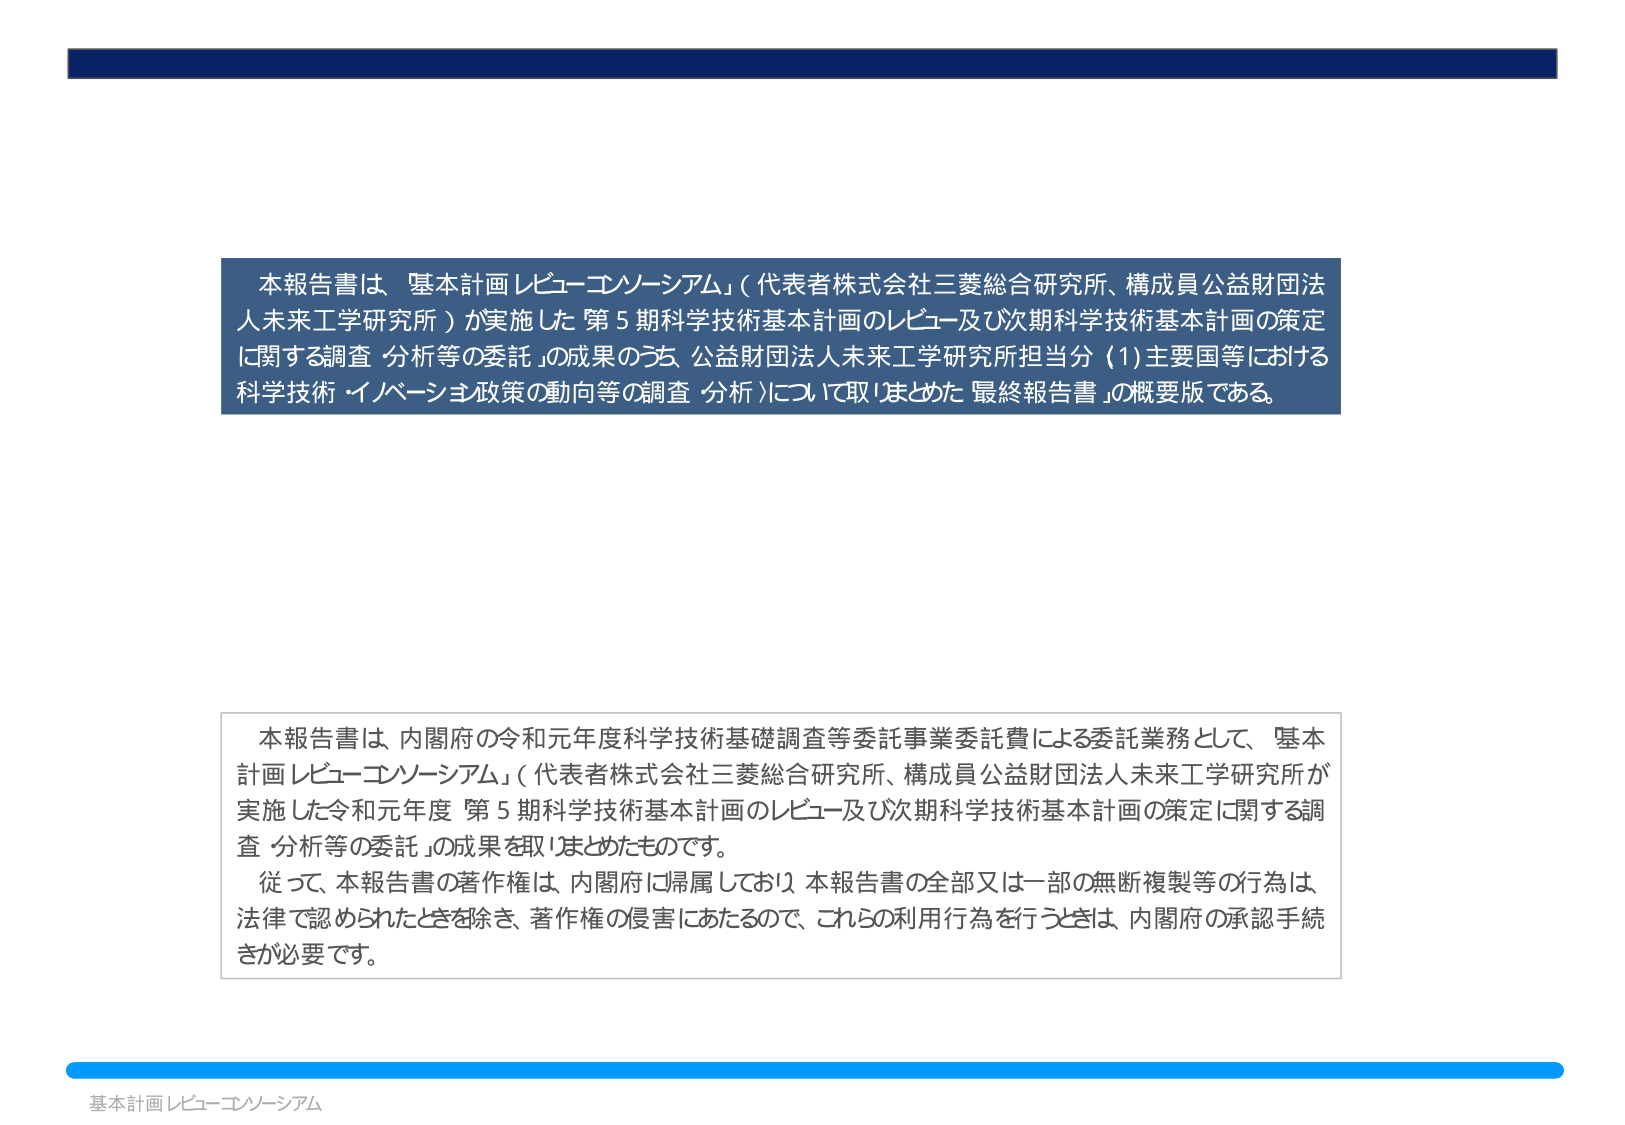
本報告書は、基本計画レビュー・コンソーシアム」（代表者株式会社三菱総合研究所、構成員公益財団法人未来工学研究所）が実施した「第5期科学技術基本計画のレビュー及び次期科学技術基本計画の策定に関する調査・分析等の委託」の成果のうち、公益財団法人未来工学研究所担当分（1）主要国等における科学技術・イノベーション政策の動向等の調査・分析）について取りまとめた「最終報告書」の概要版である。

本報告書は、内閣府の令和元年度科学技術基礎調査等委託事業委託費による委託業務として、「基本計画レビュー・コンソーシアム」（代表者株式会社三菱総合研究所、構成員公益財団法人未来工学研究所が実施した令和元年度「第5期科学技術基本計画のレビュー及び次期科学技術基本計画の策定に関する調査・分析等の委託」の成果を取りまとめたものです。
従って、本報告書の著作権は、内閣府に帰属しており、本報告書の全部又は一部の無断複製等の行為は、法律で認められたときを除き、著作権の侵害にあたるので、これらの利用行為を行うときは、内閣府の承認手続きが必要です。

基本計画レビュー・コンソーシアム